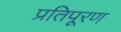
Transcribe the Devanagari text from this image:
प्रतिपूरण